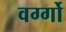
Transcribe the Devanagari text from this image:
वर्ग्गो